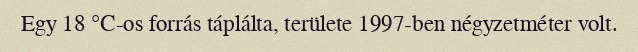
Egy 18 °C-os forrás táplálta, területe 1997-ben négyzetméter volt.